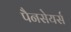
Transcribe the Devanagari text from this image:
पैनसेयर्स